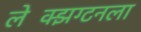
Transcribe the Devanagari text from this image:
लेक्झिंग्टनला